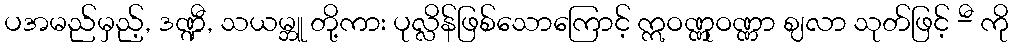
ပအမည်မှည့်, ဒဏ္ဍီ, သယမ္ဘူ တို့ကား ပုလ္လိန်ဖြစ်သောကြောင့် ဣဝဏ္ဏုဝဏ္ဏာ ဈလာ သုတ်ဖြင့် -ီ ကို